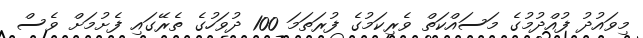
މިވައުދު ފުއްދުމުގެ މަސައްކަތް ވެރިކަމުގެ ފުރަތަމަ 100 ދުވަހުގެ ތެރޭގައި ފެށުމަށް ވެސް